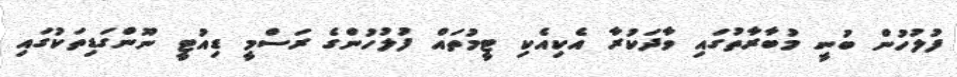
ފުލުހުން ބުނީ މުބާރާތުގައި ވާދަކުރާ އެކިއެކި ޓީމުތައް ފުލުހުންގެ ރަސްމީ ޑިއުޓީ ނޫންގަޑިތަކުގައި